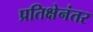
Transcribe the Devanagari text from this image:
प्रतिक्षेनंतर